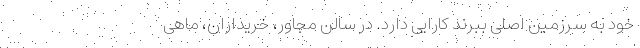
خود به سرزمین اصلی ببرند کارایی دارد. در سالن مجاور، خریداران، ماهی